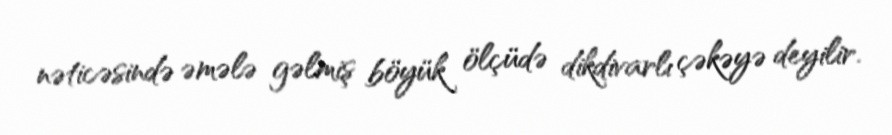
nəticəsində əmələ gəlmiş böyük ölçüdə dikdivarlı çəkəyə deyilir.